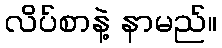
လိပ်စာနဲ့ နာမည်။